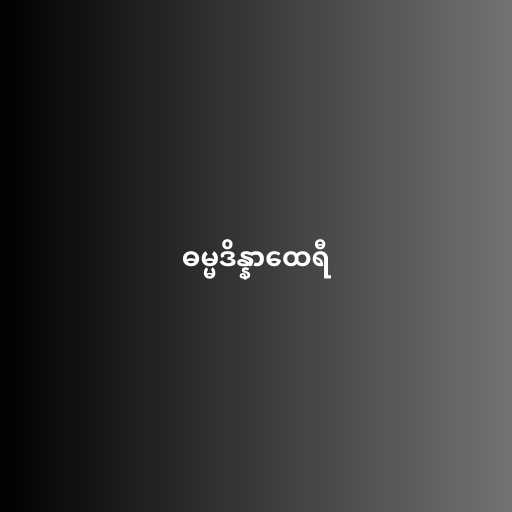
ဓမ္မဒိန္နာထေရီ